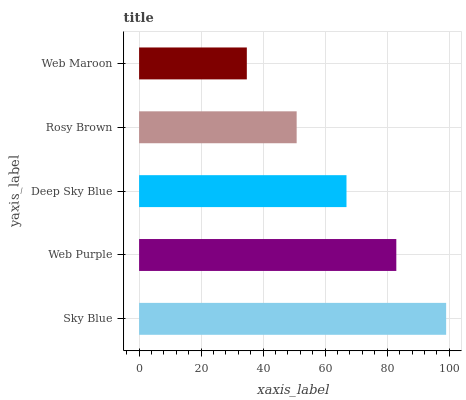
| yaxis_label | bars |
 | --- | --- |
 | Sky Blue | 99 |
 | Web Purple | 82.9 |
 | Deep Sky Blue | 66.9 |
 | Rosy Brown | 50.8 |
 | Web Maroon | 34.7 |